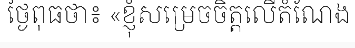
ថ្ងៃពុធថា៖ «ខ្ញុំសម្រេចចិត្តលើតំណែង